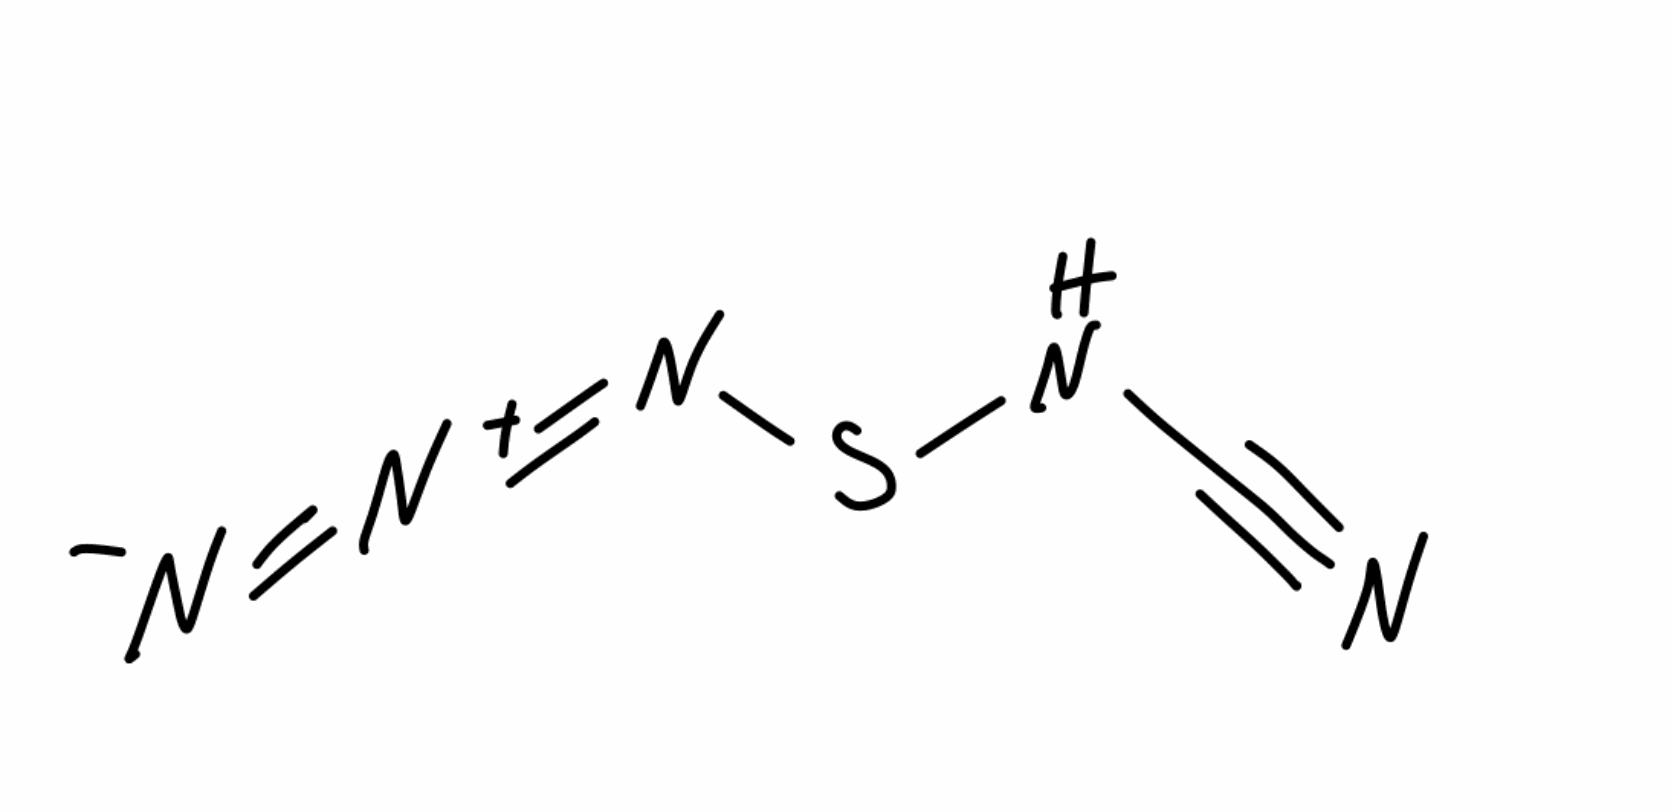
Simplified molecular-input line-entry system (SMILES) notation of the given molecule:
C(#N)NSN=[N+]=[N-]